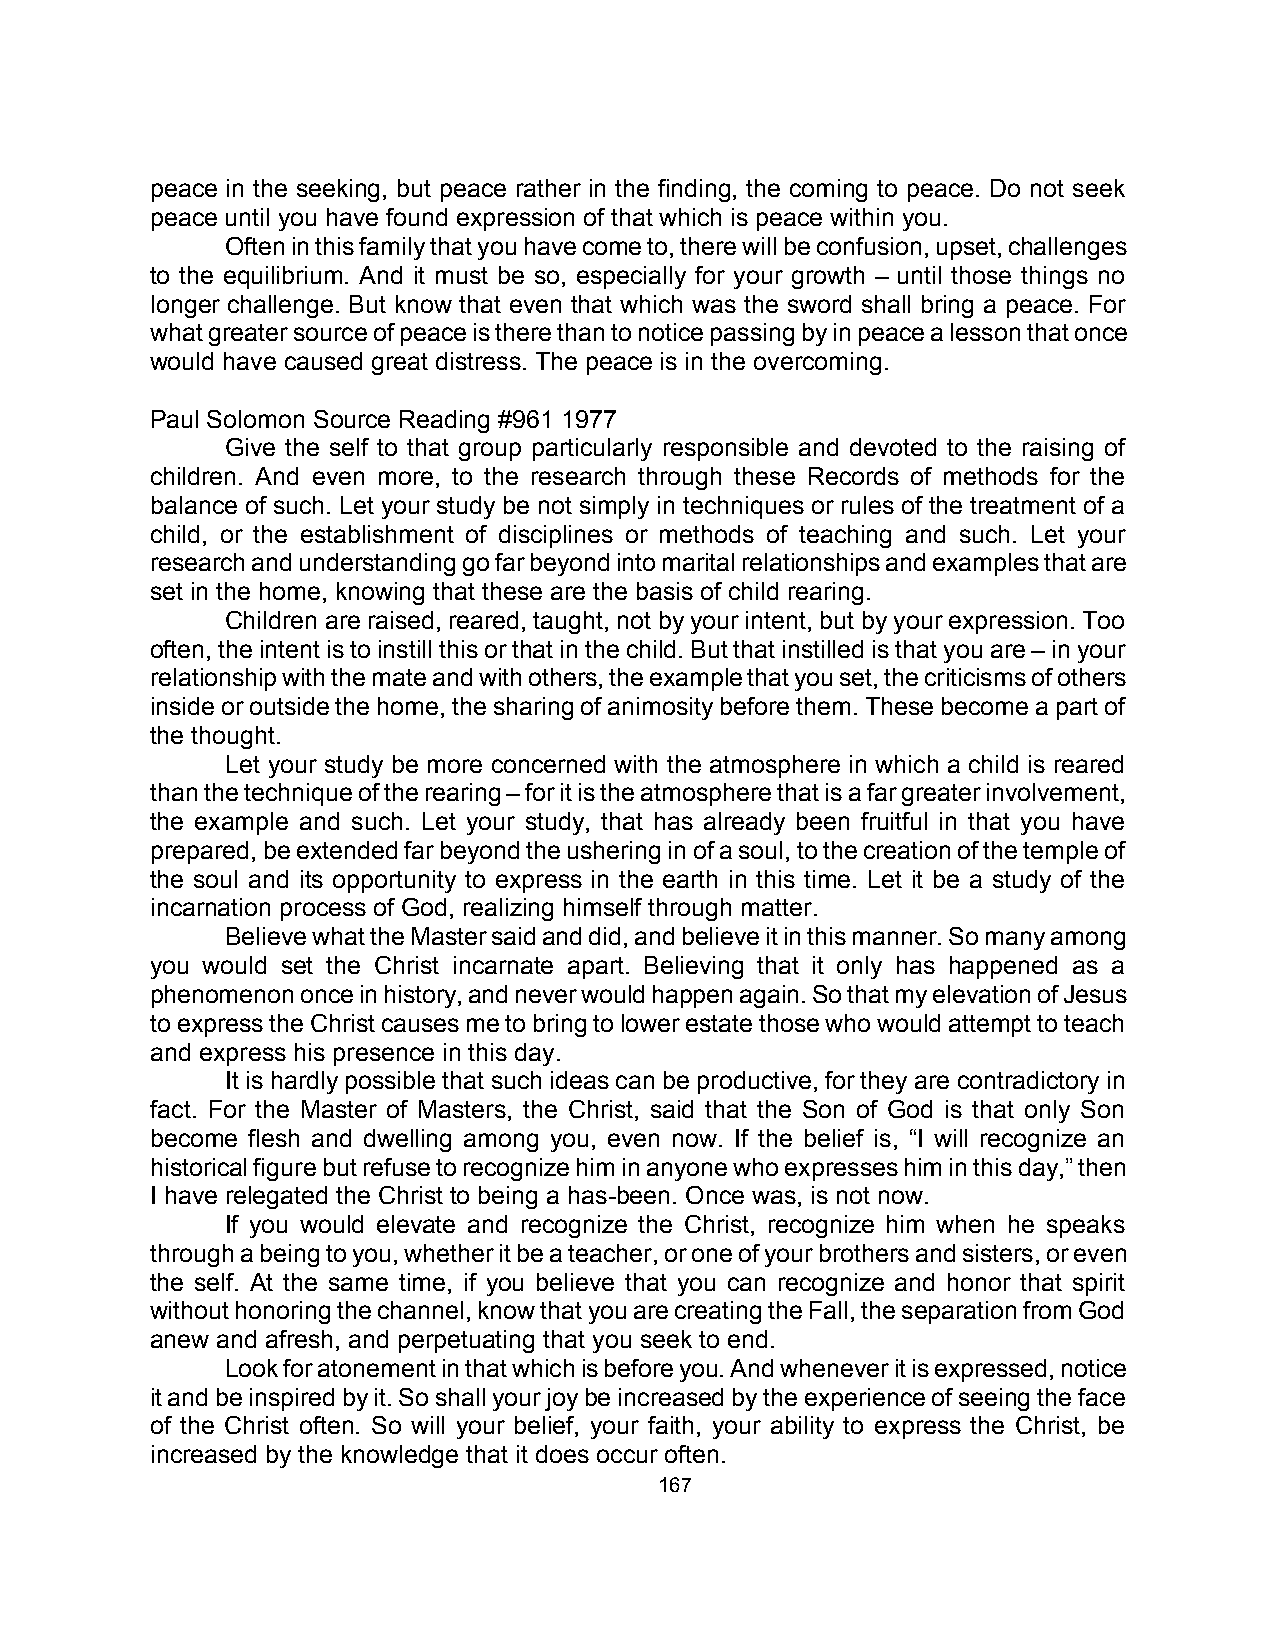
peace in the seeking, but peace rather in the finding, the coming to peace. Do not seek
 peace until you have found expression of that which is peace within you.
 Often in this family that you have come to, there will be confusion, upset, challenges
 to the equilibrium. And it must be so, especially for your growth – until those things no
 longer challenge. But know that even that which was the sword shall bring a peace. For
 what greater source of peace is there than to notice passing by in peace a lesson that once
 would have caused great distress. The peace is in the overcoming.
 Paul Solomon Source Reading #961 1977
 Give the self to that group particularly responsible and devoted to the raising of
 children. And even more, to the research through these Records of methods for the
 balance of such. Let your study be not simply in techniques or rules of the treatment of a
 child, or the establishment of disciplines or methods of teaching and such. Let your
 research and understanding go far beyond into marital relationships and examples that are
 set in the home, knowing that these are the basis of child rearing.
 Children are raised, reared, taught, not by your intent, but by your expression. Too
 often, the intent is to instill this or that in the child. But that instilled is that you are – in your
 relationship with the mate and with others, the example that you set, the criticisms of others
 inside or outside the home, the sharing of animosity before them. These become a part of
 the thought.
 Let your study be more concerned with the atmosphere in which a child is reared
 than the technique of the rearing – for it is the atmosphere that is a far greater involvement,
 the example and such. Let your study, that has already been fruitful in that you have
 prepared, be extended far beyond the ushering in of a soul, to the creation of the temple of
 the soul and its opportunity to express in the earth in this time. Let it be a study of the
 incarnation process of God, realizing himself through matter.
 Believe what the Master said and did, and believe it in this manner. So many among
 you would set the Christ incarnate apart. Believing that it only has happened as a
 phenomenon once in history, and never would happen again. So that my elevation of Jesus
 to express the Christ causes me to bring to lower estate those who would attempt to teach
 and express his presence in this day.
 It is hardly possible that such ideas can be productive, for they are contradictory in
 fact. For the Master of Masters, the Christ, said that the Son of God is that only Son
 become flesh and dwelling among you, even now. If the belief is, “I will recognize an
 historical figure but refuse to recognize him in anyone who expresses him in this day,” then
 I have relegated the Christ to being a has-been. Once was, is not now.
 If you would elevate and recognize the Christ, recognize him when he speaks
 through a being to you, whether it be a teacher, or one of your brothers and sisters, or even
 the self. At the same time, if you believe that you can recognize and honor that spirit
 without honoring the channel, know that you are creating the Fall, the separation from God
 anew and afresh, and perpetuating that you seek to end.
 Look for atonement in that which is before you. And whenever it is expressed, notice
 it and be inspired by it. So shall your joy be increased by the experience of seeing the face
 of the Christ often. So will your belief, your faith, your ability to express the Christ, be
 increased by the knowledge that it does occur often.
 167